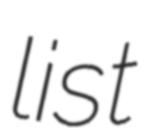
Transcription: list